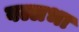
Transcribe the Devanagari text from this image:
वल्लभा